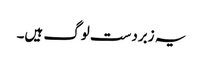
یہ زبردست لوگ ہیں۔